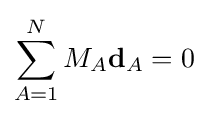
\sum _{A=1}^{N}M_{A}\mathbf {d} _{A}=0